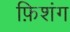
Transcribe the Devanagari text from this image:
फ़िशंग